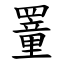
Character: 罿